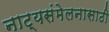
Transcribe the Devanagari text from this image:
नाट्यसंमेलनासाठी